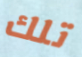
تلك